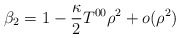
\begin{align*}\beta_2=1-{\kappa\over 2}T^{00}\rho^2+o(\rho^2)\end{align*}